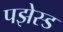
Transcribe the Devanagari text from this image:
पझेस्ड